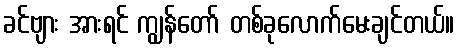
ခင်ဗျား အားရင် ကျွန်တော် တစ်ခုလောက်မေးချင်တယ်။